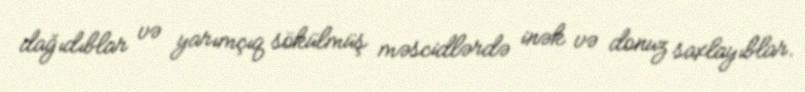
dağıdıblar və yarımçıq sökülmüş məscidlərdə inək və donuz saxlayıblar.